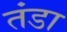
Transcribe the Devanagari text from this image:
तंडा